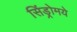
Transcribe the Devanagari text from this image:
सिंड्रोमये